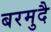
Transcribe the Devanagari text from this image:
बरमुदै